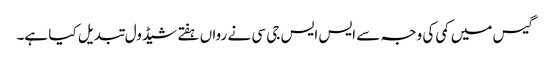
گیس میں کمی کی وجہ سے ایس ایس جی سی نے رواں ہفتے شیڈول تبدیل کیا ہے۔